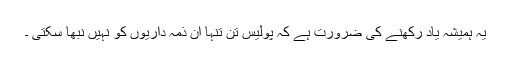
یہ ہمیشہ یاد رکھنے کی ضرورت ہے کہ پولیس تن تنہا ان ذمہ داریوں کو نہیں نبھا سکتی ۔